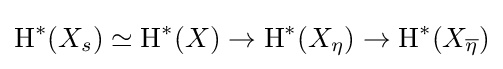
\operatorname {H} ^{*}(X_{s})\simeq \operatorname {H} ^{*}(X)\to \operatorname {H} ^{*}(X_{\eta })\to \operatorname {H} ^{*}(X_{\overline {\eta }})